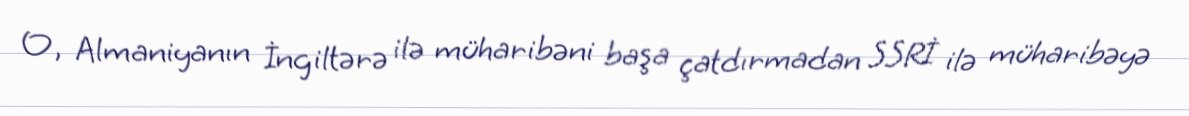
O, Almaniyanın İngiltərə ilə müharibəni başa çatdırmadan SSRİ ilə müharibəyə